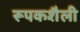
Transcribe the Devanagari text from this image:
रूपकशैली